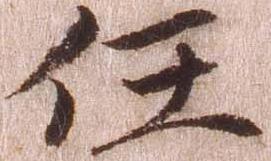
任